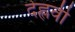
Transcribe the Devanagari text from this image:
देह्लवी